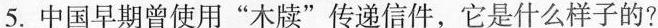
5.中国早期曾使用“木牍”传递信件，它是什么样子的?